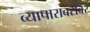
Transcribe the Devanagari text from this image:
व्यापाराबरोबर